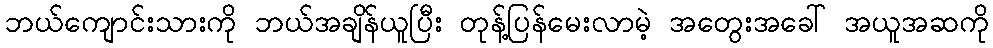
ဘယ်ကျောင်းသားကို ဘယ်အချိန်ယူပြီး တုန့်ပြန်မေးလာမဲ့ အတွေးအခေါ် အယူအဆကို